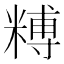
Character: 糐